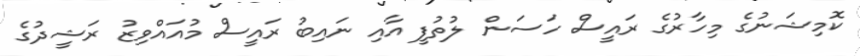
ކޮމިޝަނުގެ މިހާރުގެ ރައީސް ހަސަން ލުތުފީ އާއި ނައިބު ރައީސް މުއައްވިޒު ރަޝީދުގެ